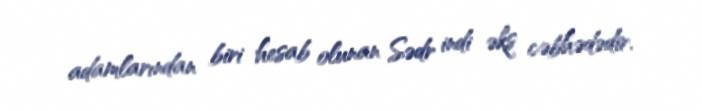
adamlarından biri hesab olunan Sədr indi əks cəbhədədir.